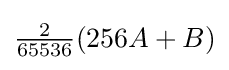
{\tfrac {2}{65536}}(256A+B)